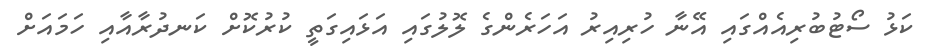
ކަޅު ސޯޓުބުރިއެއްގައި އޭނާ ހުރިއިރު އަހަރެންގެ ލޮލުގައި އަޅައިގަތީ ކުރުކޮށް ކަނދުރާއާއި ހަމައަށް